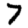
Digit: 7